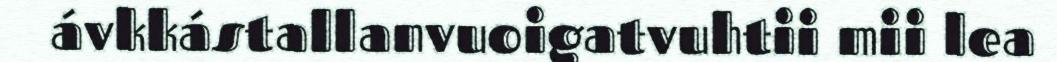
ávkkástallanvuoigatvuhtii mii lea